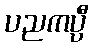
ပညကပ္ပီ